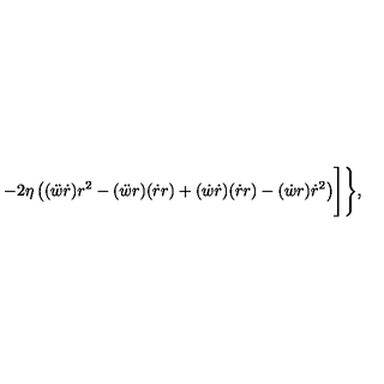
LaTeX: - 2 \eta \left( ( \ddot { w } \dot { r } ) r ^ { 2 } - ( \ddot { w } r ) ( \dot { r } r ) + ( \dot { w } \dot { r } ) ( \dot { r } r ) - ( \dot { w } r ) \dot { r } ^ { 2 } \right) \Biggr ] \Biggr \} ,